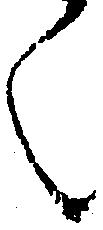
く